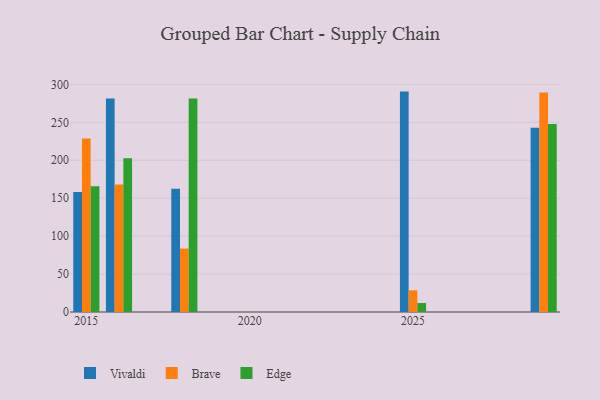
{"axis": {"x": "Year", "y": "Churn Rate (%)"}, "legend": ["Brave", "Edge", "Vivaldi"], "data": [{"x": "2016", "y": 281.3, "type": "Vivaldi"}, {"x": "2016", "y": 167.9, "type": "Brave"}, {"x": "2016", "y": 202.6, "type": "Edge"}, {"x": "2025", "y": 290.5, "type": "Vivaldi"}, {"x": "2025", "y": 28.5, "type": "Brave"}, {"x": "2025", "y": 11.8, "type": "Edge"}, {"x": "2015", "y": 158.2, "type": "Vivaldi"}, {"x": "2015", "y": 228.6, "type": "Brave"}, {"x": "2015", "y": 165.9, "type": "Edge"}, {"x": "2029", "y": 242.7, "type": "Vivaldi"}, {"x": "2029", "y": 289.3, "type": "Brave"}, {"x": "2029", "y": 247.8, "type": "Edge"}, {"x": "2018", "y": 162.3, "type": "Vivaldi"}, {"x": "2018", "y": 83.6, "type": "Brave"}, {"x": "2018", "y": 281.4, "type": "Edge"}]}